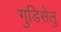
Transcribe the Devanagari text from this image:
गुडिसेलु